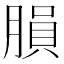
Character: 䐣